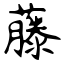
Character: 藤